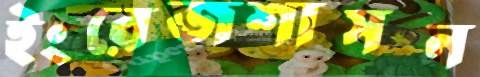
ইংরেজশাসন